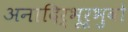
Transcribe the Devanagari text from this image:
अनादिर्भूर्भुवो